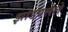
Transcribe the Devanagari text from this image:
झोडपलेले